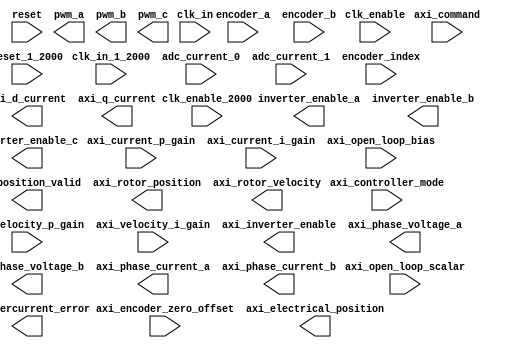

module controllerPeripheralHdlAdi (
  input         clk_in_1_2000,
  input         clk_in,
  input         reset_1_2000,
  input         reset,
  input         clk_enable,
  input         clk_enable_2000,
  input [17:0]  adc_current_0,
  input [17:0]  adc_current_1,
  input         encoder_a,
  input         encoder_b,
  input         encoder_index,
  input [1:0]   axi_controller_mode,
  input [17:0]  axi_command,
  input [17:0]  axi_velocity_p_gain,
  input [17:0]  axi_velocity_i_gain,
  input [17:0]  axi_current_p_gain,
  input [17:0]  axi_current_i_gain,
  input [17:0]  axi_open_loop_bias,
  input [17:0]  axi_open_loop_scalar,
  input [17:0]  axi_encoder_zero_offset,

  output            pwm_a,
  output            pwm_b,
  output            pwm_c,
  output            inverter_enable_a,
  output            inverter_enable_b,
  output            inverter_enable_c,
  output            axi_overcurrent_error,
  output            axi_position_valid,
  output            axi_inverter_enable,
  output    [19:0]  axi_phase_voltage_a,
  output    [19:0]  axi_phase_voltage_b,
  output    [17:0]  axi_phase_current_a,
  output    [17:0]  axi_phase_current_b,
  output    [17:0]  axi_rotor_position,
  output    [17:0]  axi_electrical_position,
  output    [17:0]  axi_rotor_velocity,
  output    [17:0]  axi_d_current,
  output    [17:0]  axi_q_current
);
endmodule